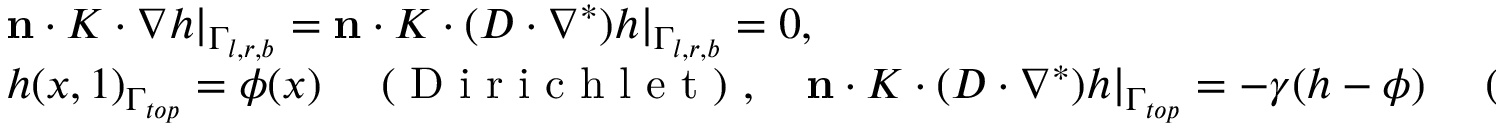
\begin{array} { r } { \begin{array} { l } { \mathbf { n } \cdot K \cdot \nabla h | _ { \Gamma _ { l , r , b } } = \mathbf { n } \cdot K \cdot ( D \cdot \nabla ^ { * } ) h | _ { \Gamma _ { l , r , b } } = 0 , } \\ { h ( x , 1 ) _ { \Gamma _ { t o p } } = \phi ( x ) \quad \mathrm { ~ ( ~ D ~ i ~ r ~ i ~ c ~ h ~ l ~ e ~ t ~ ) ~ } , \quad \mathbf { n } \cdot K \cdot ( D \cdot \nabla ^ { * } ) h | _ { \Gamma _ { t o p } } = - \gamma ( h - \phi ) \quad \mathrm { ~ ( ~ R ~ o ~ b ~ i ~ n ~ ) ~ } , \quad x \in [ 0 , 1 ] , } \end{array} } \end{array}